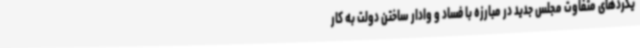
یکردهای متفاوت مجلس جدید در مبارزه با فساد و وادار ساختن دولت به کار